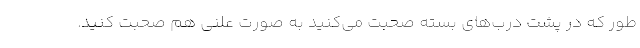
طور که در پشت درب‌های بسته صحبت می‌کنید به صورت علنی هم صحبت کنید.